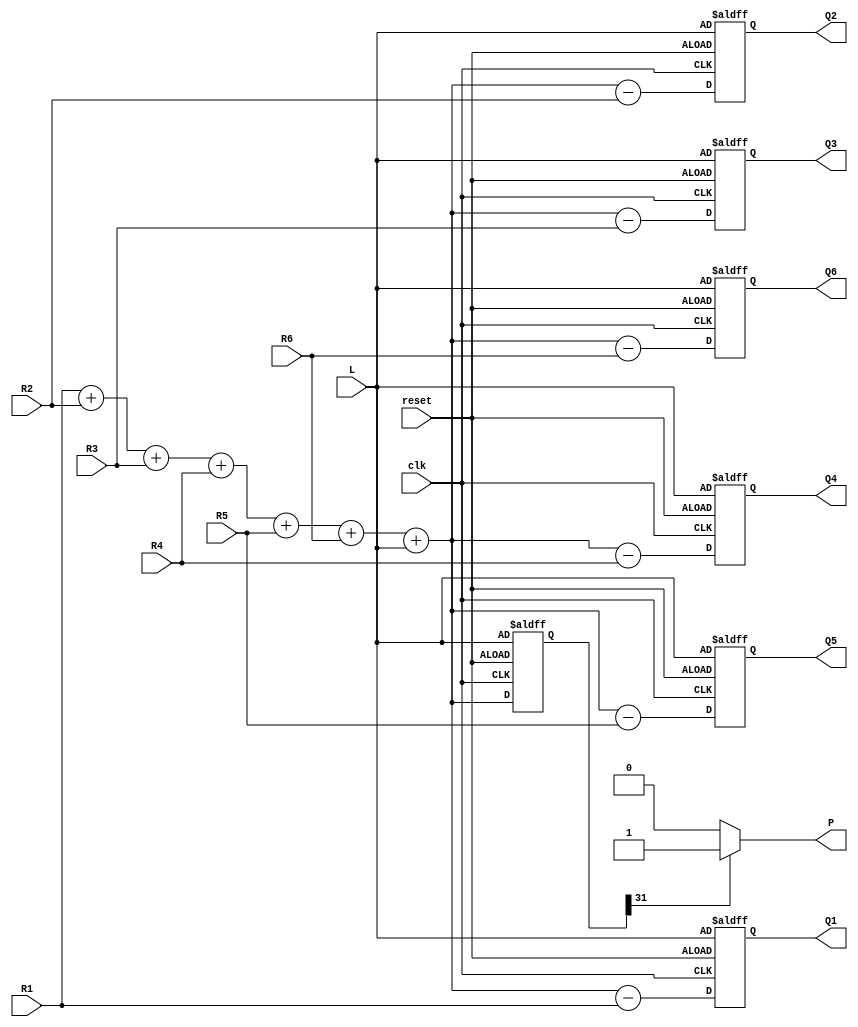
module VNU_6(
output reg signed [31:0] Q1,
output reg signed [31:0] Q2,
output reg signed [31:0] Q3,
output reg signed [31:0] Q4,
output reg signed [31:0] Q5,
output reg signed [31:0] Q6,
input  signed [31:0] R1,
input  signed [31:0] R2,
input  signed [31:0] R3,
input  signed [31:0] R4,
input  signed [31:0] R5,
input  signed [31:0] R6,
input  signed [31:0] L,
output P,
input clk,
input reset);

reg signed [31:0] P_sample;



assign P = P_sample[31]? 1'b1 : 1'b0;

always@(posedge clk or posedge reset)
begin

if(reset)
begin
P_sample = L;
Q1 = L;
Q2 = L;
Q3 = L;
Q4 = L;
Q5 = L;
Q6 = L;
end
else
begin
P_sample = R1 + R2 + R3 + R4 + R5 + R6 + L;
Q1 = P_sample - R1;
Q2 = P_sample - R2;
Q3 = P_sample - R3;
Q4 = P_sample - R4;
Q5 = P_sample - R5;
Q6 = P_sample - R6;
end
end
endmodule